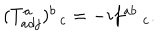
LaTeX: ( T _ { a d j } ^ { a } ) _ { \; \; c } ^ { b } = - i f _ { \; c } ^ { a b } .